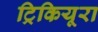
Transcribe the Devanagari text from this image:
ट्रिकियूरा